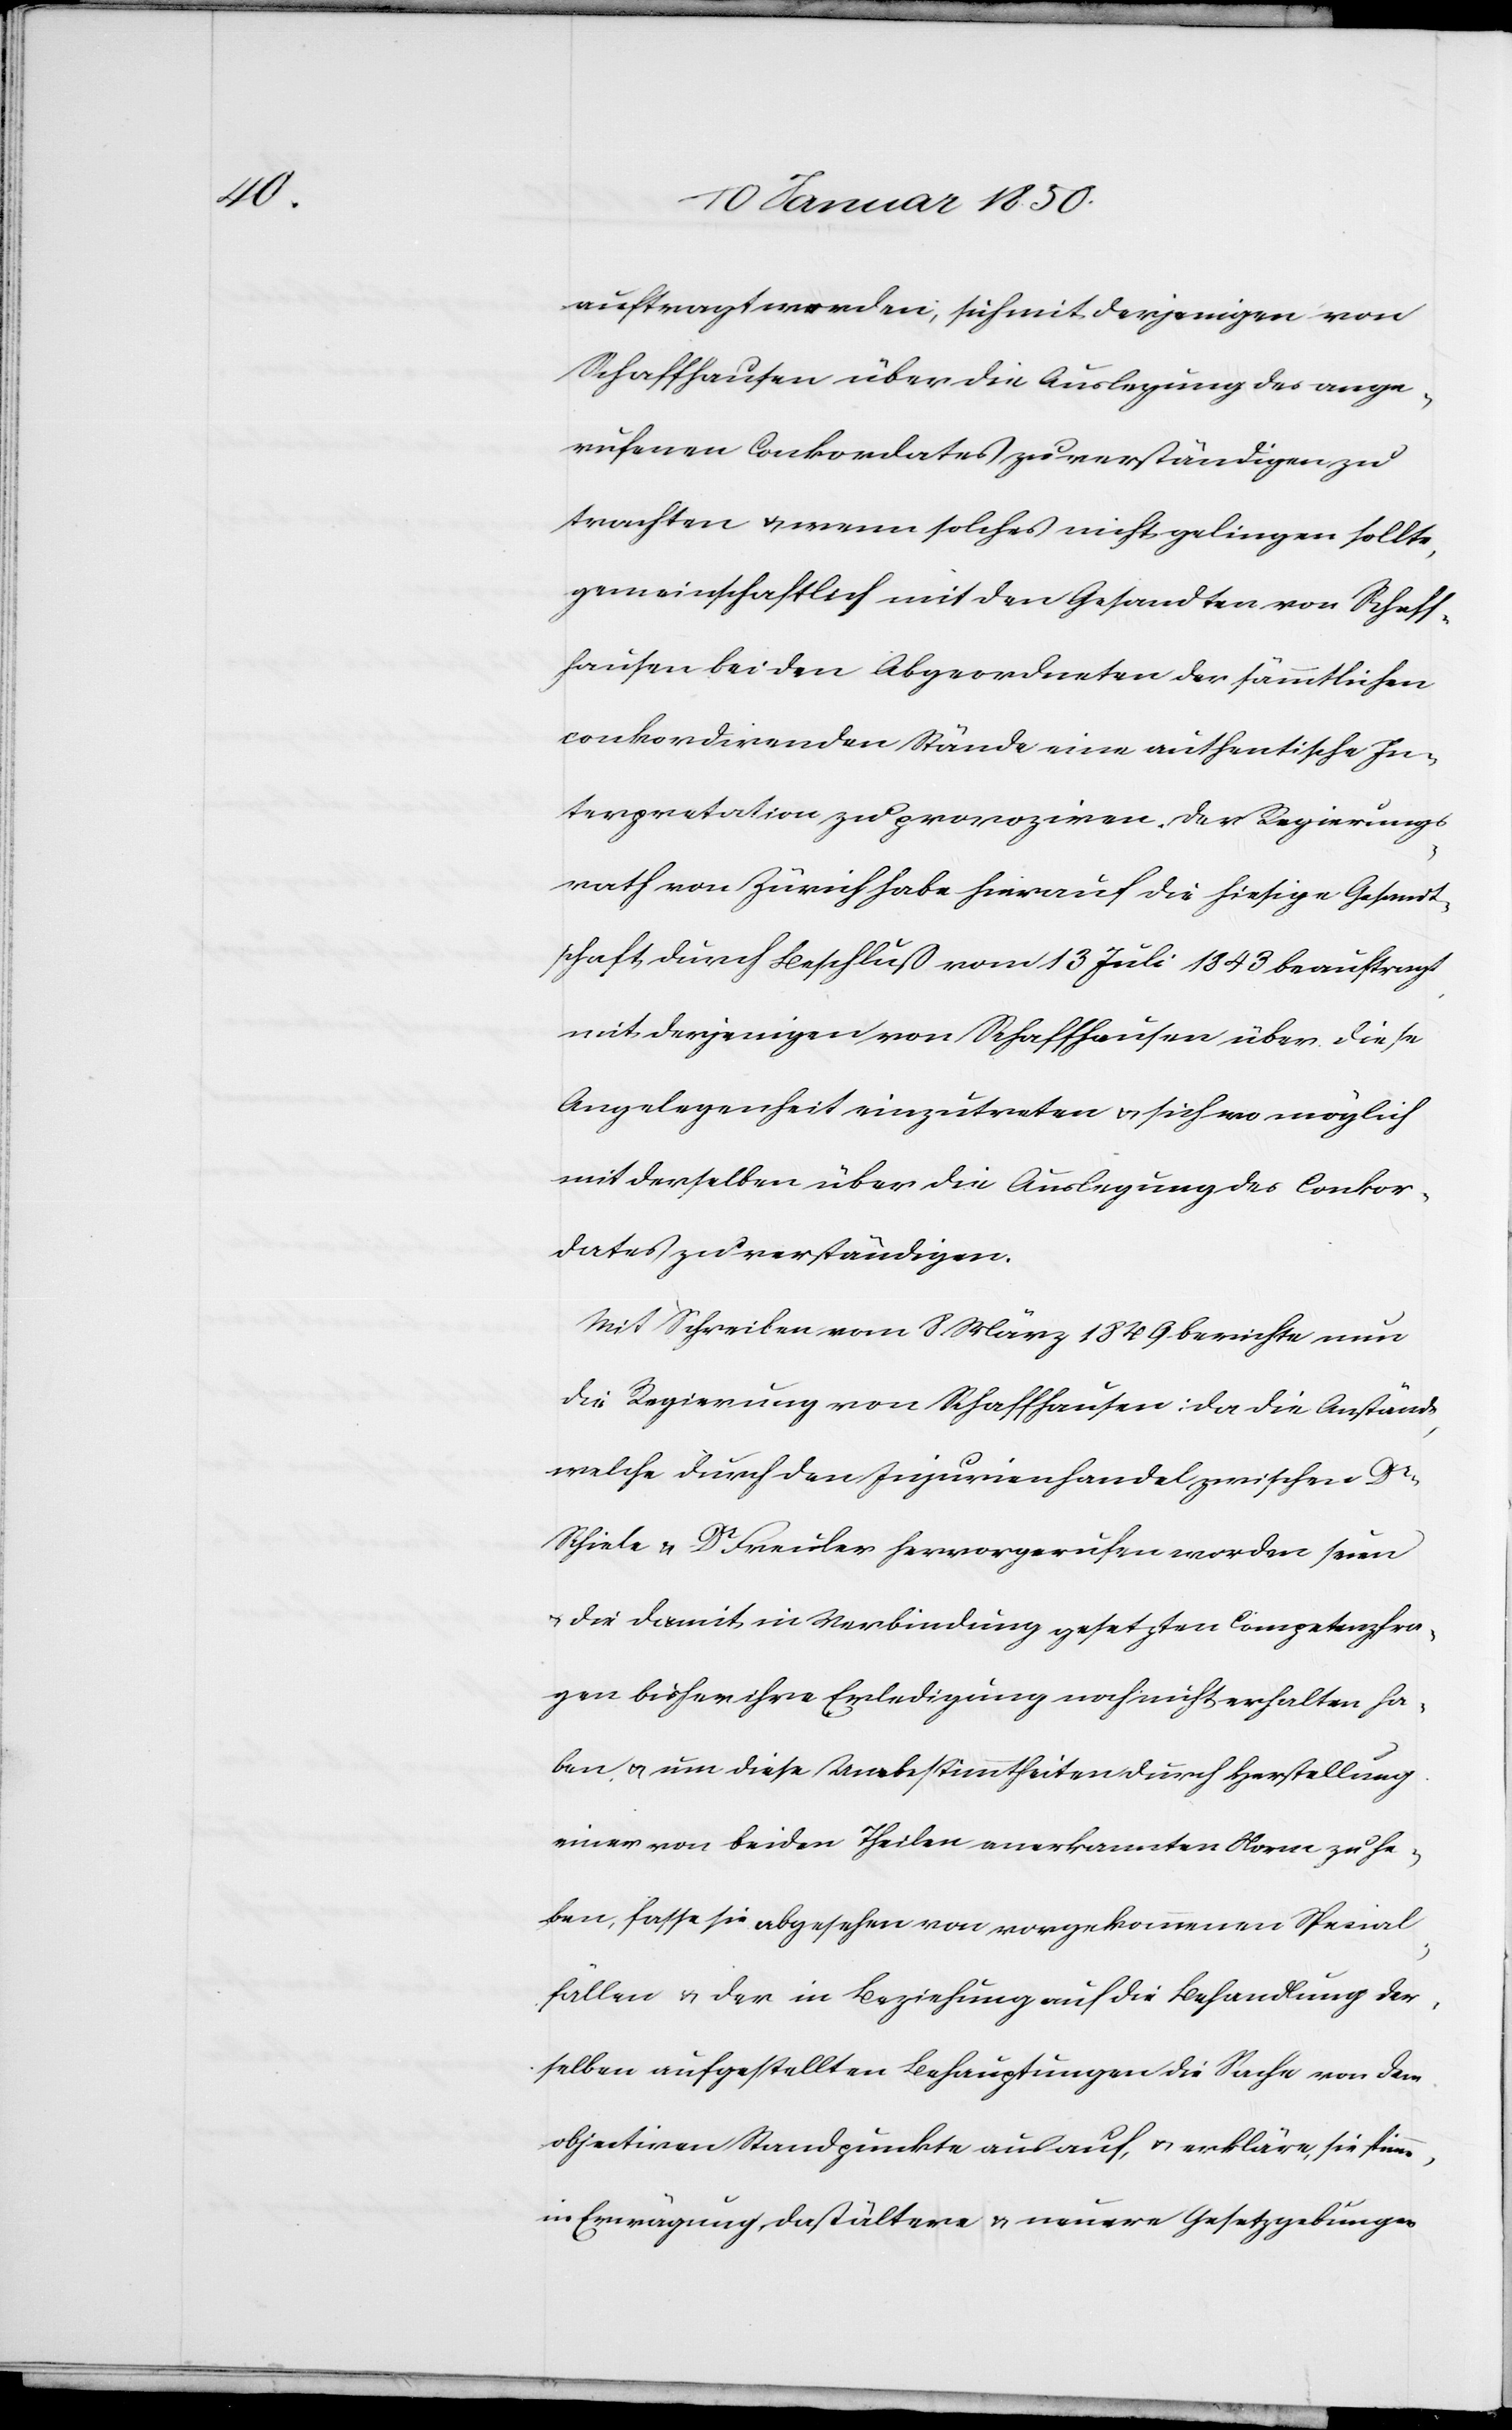
auftragt werden, sich mit derjenigen von
Schaffhausen über die Auslegung des ange¬
rufenen Conkordates zu verständigen zu
trachten u. wenn solches nicht gelingen sollte,
gemeinschaftlich mit den Gesandten von Schaff¬
hausen bei den Abgeordneten der sämmtlichen
conkordirenden Stände eine authentische In¬
terpretation zu provoziren. Der Regierungs¬
rath von Zürich habe hierauf die hiesige Gesandt¬
schaft, durch Beschluß vom 13 Juli 1843 beauftragt,
mit derjenigen von Schaffhausen über diese
Angelegenheit einzutreten u. sich wo möglich
mit derselben über die Auslegung des Conkor¬
dates zu verständigen.
Mit Schreiben vom 8 März 1849 berichte nun
die Regierung von Schaffhausen: da die Anstände,
welche durch den Injurienhandel zwischen Dr
Schiele u. Dr Freuler hervorgerufen worden seien
u. die damit in Verbindung gesetzten Competenzfra¬
gen bisher ihre Erledigung noch nicht erhalten ha¬
ben u. um diese Unbestimmtheiten durch Herstellung
einer von beiden Theilen anerkannten Norm zu he¬
ben, fasse sie abgesehen von vorgekommenen Spezial¬
fällen u. der in Beziehung auf die Behandlung der¬
selben aufgestellten Behauptungen die Sache von dem
objectiven Standpunkte aus auf, u. erkläre, sie stimme,
in Erwägung, daß ältere u. neuere Gesetzgebungen